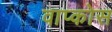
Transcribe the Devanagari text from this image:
वाप्कोस